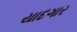
યાદગાર